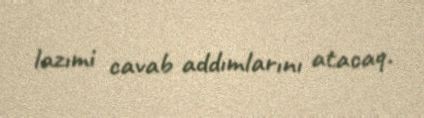
lazımi cavab addımlarını atacaq.